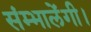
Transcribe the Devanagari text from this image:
संम्भालेंगी।